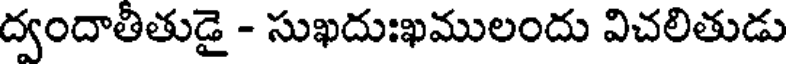
ద్వందాతీతుడై - సుఖదుఃఖములందు విచలితుడు